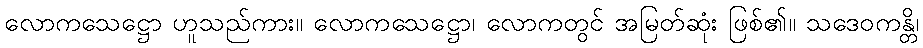
လောကသေဋ္ဌော ဟူသည်ကား။ လောကသေဋ္ဌော၊ လောကတွင် အမြတ်ဆုံး ဖြစ်၏။ သဒေဝကန္တိ၊